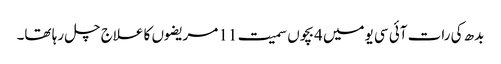
بدھ کی رات آئی سی یومیں 4بچوں سمیت 11 مریضوں کا علاج چل رہا تھا۔